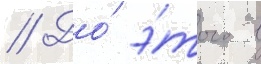
// До́ э́того в